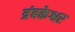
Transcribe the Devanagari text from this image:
त्रंबकेश्वर